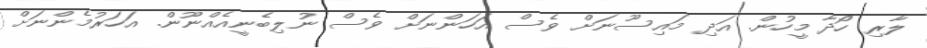
ލާރި ހޯދާ މީހުން. އަދި މައިސޫނަށް ވެސް އަހަންނަށް ވެސް ނުލިބެނީއެއްނޫން. އަހަރުމެންނަށް